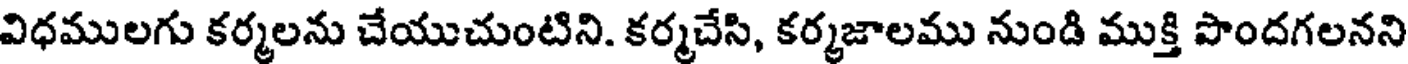
విధములగు కర్మలను చేయుచుంటిని. కర్మచేసి, కర్మజాలము నుండి ముక్తి పొందగలనని